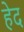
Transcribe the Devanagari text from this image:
हेद